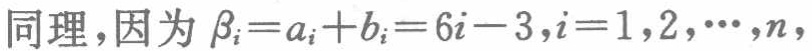
同理，因为 \(\beta_{i}=a_{i}+b_{i}=6i - 3,i = 1,2,\cdots,n\)，